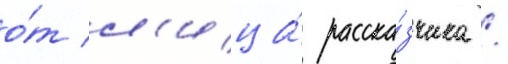
о́т л'ица́ расска́зчика /